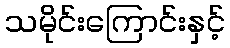
သမိုင်းကြောင်းနှင့်